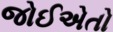
જોઈએતો